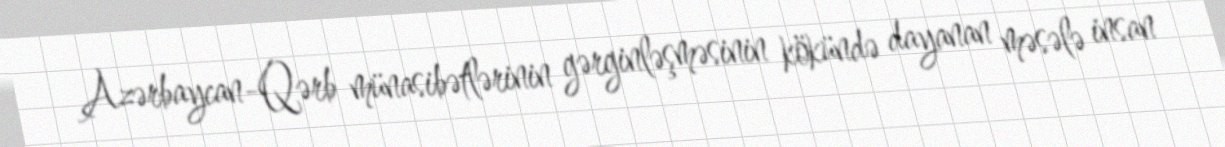
Azərbaycan-Qərb münasibətlərinin gərginləşməsinin kökündə dayanan məsələ insan